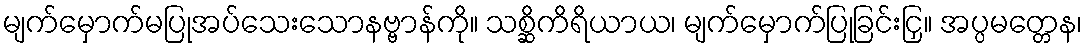
မျက်မှောက်မပြုအပ်သေးသောနဗ္ဗာန်ကို။ သစ္ဆိကိရိယာယ၊ မျက်မှောက်ပြုခြင်းငြှ။ အပ္ပမတ္တေန၊